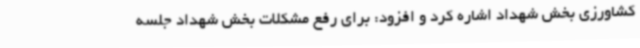
کشاورزی بخش شهداد اشاره کرد و افزود: برای رفع مشکلات بخش شهداد جلسه